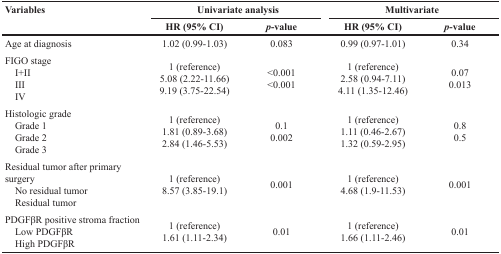
<table><thead><tr><td rowspan="2"><b>Variables</b></td><td colspan="2"><b>Univariate analysis</b></td><td colspan="2"><b>Multivariate</b></td></tr><tr><td><b>HR (95% CI)</b></td><td><b><i>p</i>-value</b></td><td><b>HR (95% CI)</b></td><td><b><i>p</i>-value</b></td></tr></thead><tbody><tr><td>Age at diagnosis</td><td>1.02 (0.99-1.03)</td><td>0.083</td><td>0.99 (0.97-1.01)</td><td>0.34</td></tr><tr><td>FIGO stage I+II III IV</td><td>1 (reference)5.08 (2.22-11.66)9.19 (3.75-22.54)</td><td>&lt;0.001&lt;0.001</td><td>1 (reference)2.58 (0.94-7.11)4.11 (1.35-12.46)</td><td>0.070.013</td></tr><tr><td>Histologic grade Grade 1 Grade 2 Grade 3</td><td>1 (reference)1.81 (0.89-3.68)2.84 (1.46-5.53)</td><td>0.10.002</td><td>1 (reference)1.11 (0.46-2.67)1.32 (0.59-2.95)</td><td>0.80.5</td></tr><tr><td>Residual tumor after primary surgery No residual tumor Residual tumor</td><td>1 (reference)8.57 (3.85-19.1)</td><td>0.001</td><td>1 (reference)4.68 (1.9-11.53)</td><td>0.001</td></tr><tr><td>PDGFβR positive stroma fraction Low PDGFβR High PDGFβR</td><td>1 (reference)1.61 (1.11-2.34)</td><td>0.01</td><td>1 (reference)1.66 (1.11-2.46)</td><td>0.01</td></tr></tbody></table>